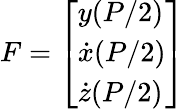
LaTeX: F=\left[\begin{array}{l}{y(P/2)}\\ {\dot{x}(P/2)}\\ {\dot{z}(P/2)}\end{array}\right]